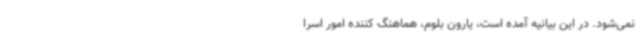
نمی‌شود. در این بیانیه آمده است، یارون بلوم، هماهنگ کننده امور اسرا